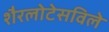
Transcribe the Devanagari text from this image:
शैरलोटेसविले